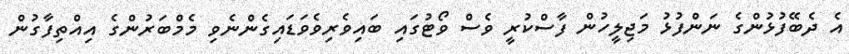
އެ ދެބޭފުޅުންގެ ނަންފުޅު މަޖިލީހުން ފާސްކުރީ ވެސް ވޯޓުގައި ބައިވެރިވެވަޑައިގެންނެވި މެމްބަރުންގެ އިއްތިފާގުން